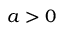
a > 0